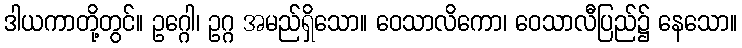
ဒါယကာတို့တွင်။ ဥဂ္ဂေါ၊ ဥဂ္ဂ အမည်ရှိသော။ ဝေသာလိကော၊ ဝေသာလီပြည်၌ နေသော။